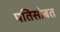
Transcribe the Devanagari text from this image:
पतिसोबत